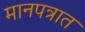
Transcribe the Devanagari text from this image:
मानपत्रात